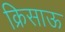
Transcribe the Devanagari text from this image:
क्रिसाऊ